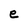
Character: e